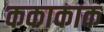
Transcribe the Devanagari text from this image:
ककाकाक